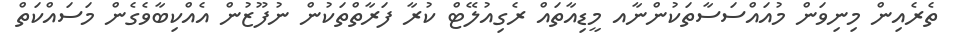
ތެރެއިން މިނިވަން މުއައްސަސާތަކުންނާއ މީޑިއާތައް ރެގިއުލޭޓް ކުރާ ފަރާތްތަކުން ނުފޫޒުން އެއްކިބާވެގެން މަސައްކަތް